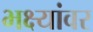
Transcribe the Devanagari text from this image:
भक्ष्यांवर